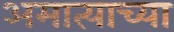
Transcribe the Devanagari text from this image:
अमात्याच्या